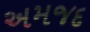
અમજદ